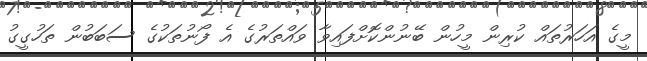
މީގެ އަހަރުތައް ކުރިން މީހުން ބޭނުންކޮށްފައިވާ ވައްތަރުގެ އެ ފޯނުތަކުގެ ސަބަބުން ތަހުގީގު